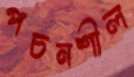
পচনশীল